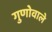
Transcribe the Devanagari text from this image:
गुणोवाले